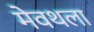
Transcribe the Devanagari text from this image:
मेवथला